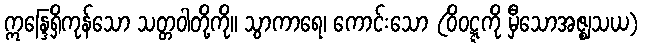
ဣန္ဒြေရှိကုန်သော သတ္တဝါတို့ကို။ သွာကာရေ၊ ကောင်းသော (ဝိဝဋ္ဋကို မှီသောအဇ္ဈသယ)